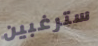
سترغبين